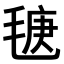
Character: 𣮣